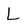
Character: L